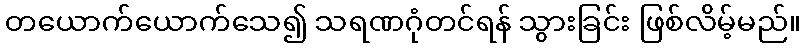
တယောက်ယောက်သေ၍ သရဏဂုံတင်ရန် သွားခြင်း ဖြစ်လိမ့်မည်။